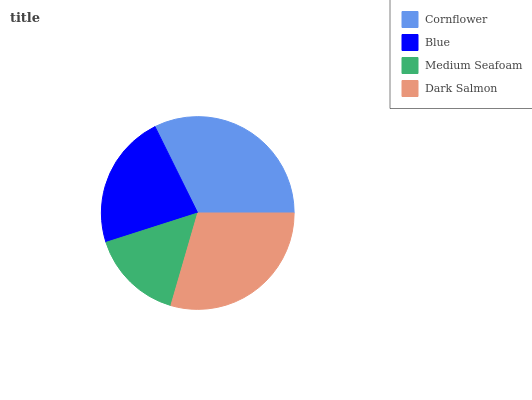
| Cornflower | Blue | Medium Seafoam | Dark Salmon |
 | --- | --- | --- | --- |
 | 32.3% | 22.6% | 15.6% | 29.5% |